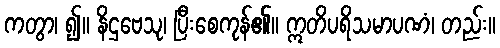
ကတွာ၊ ၍။ နိဌဗေသု၊ ပြီးစေကုန်၏။ ဣတိပရိသမာပဏံ၊ တည်း။